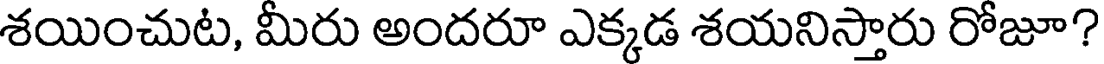
శయించుట, మీరు అందరూ ఎక్కడ శయనిస్తారు రోజూ?